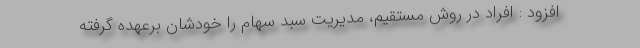
افزود : افراد در روش مستقیم، مدیریت سبد سهام را خودشان برعهده گرفته